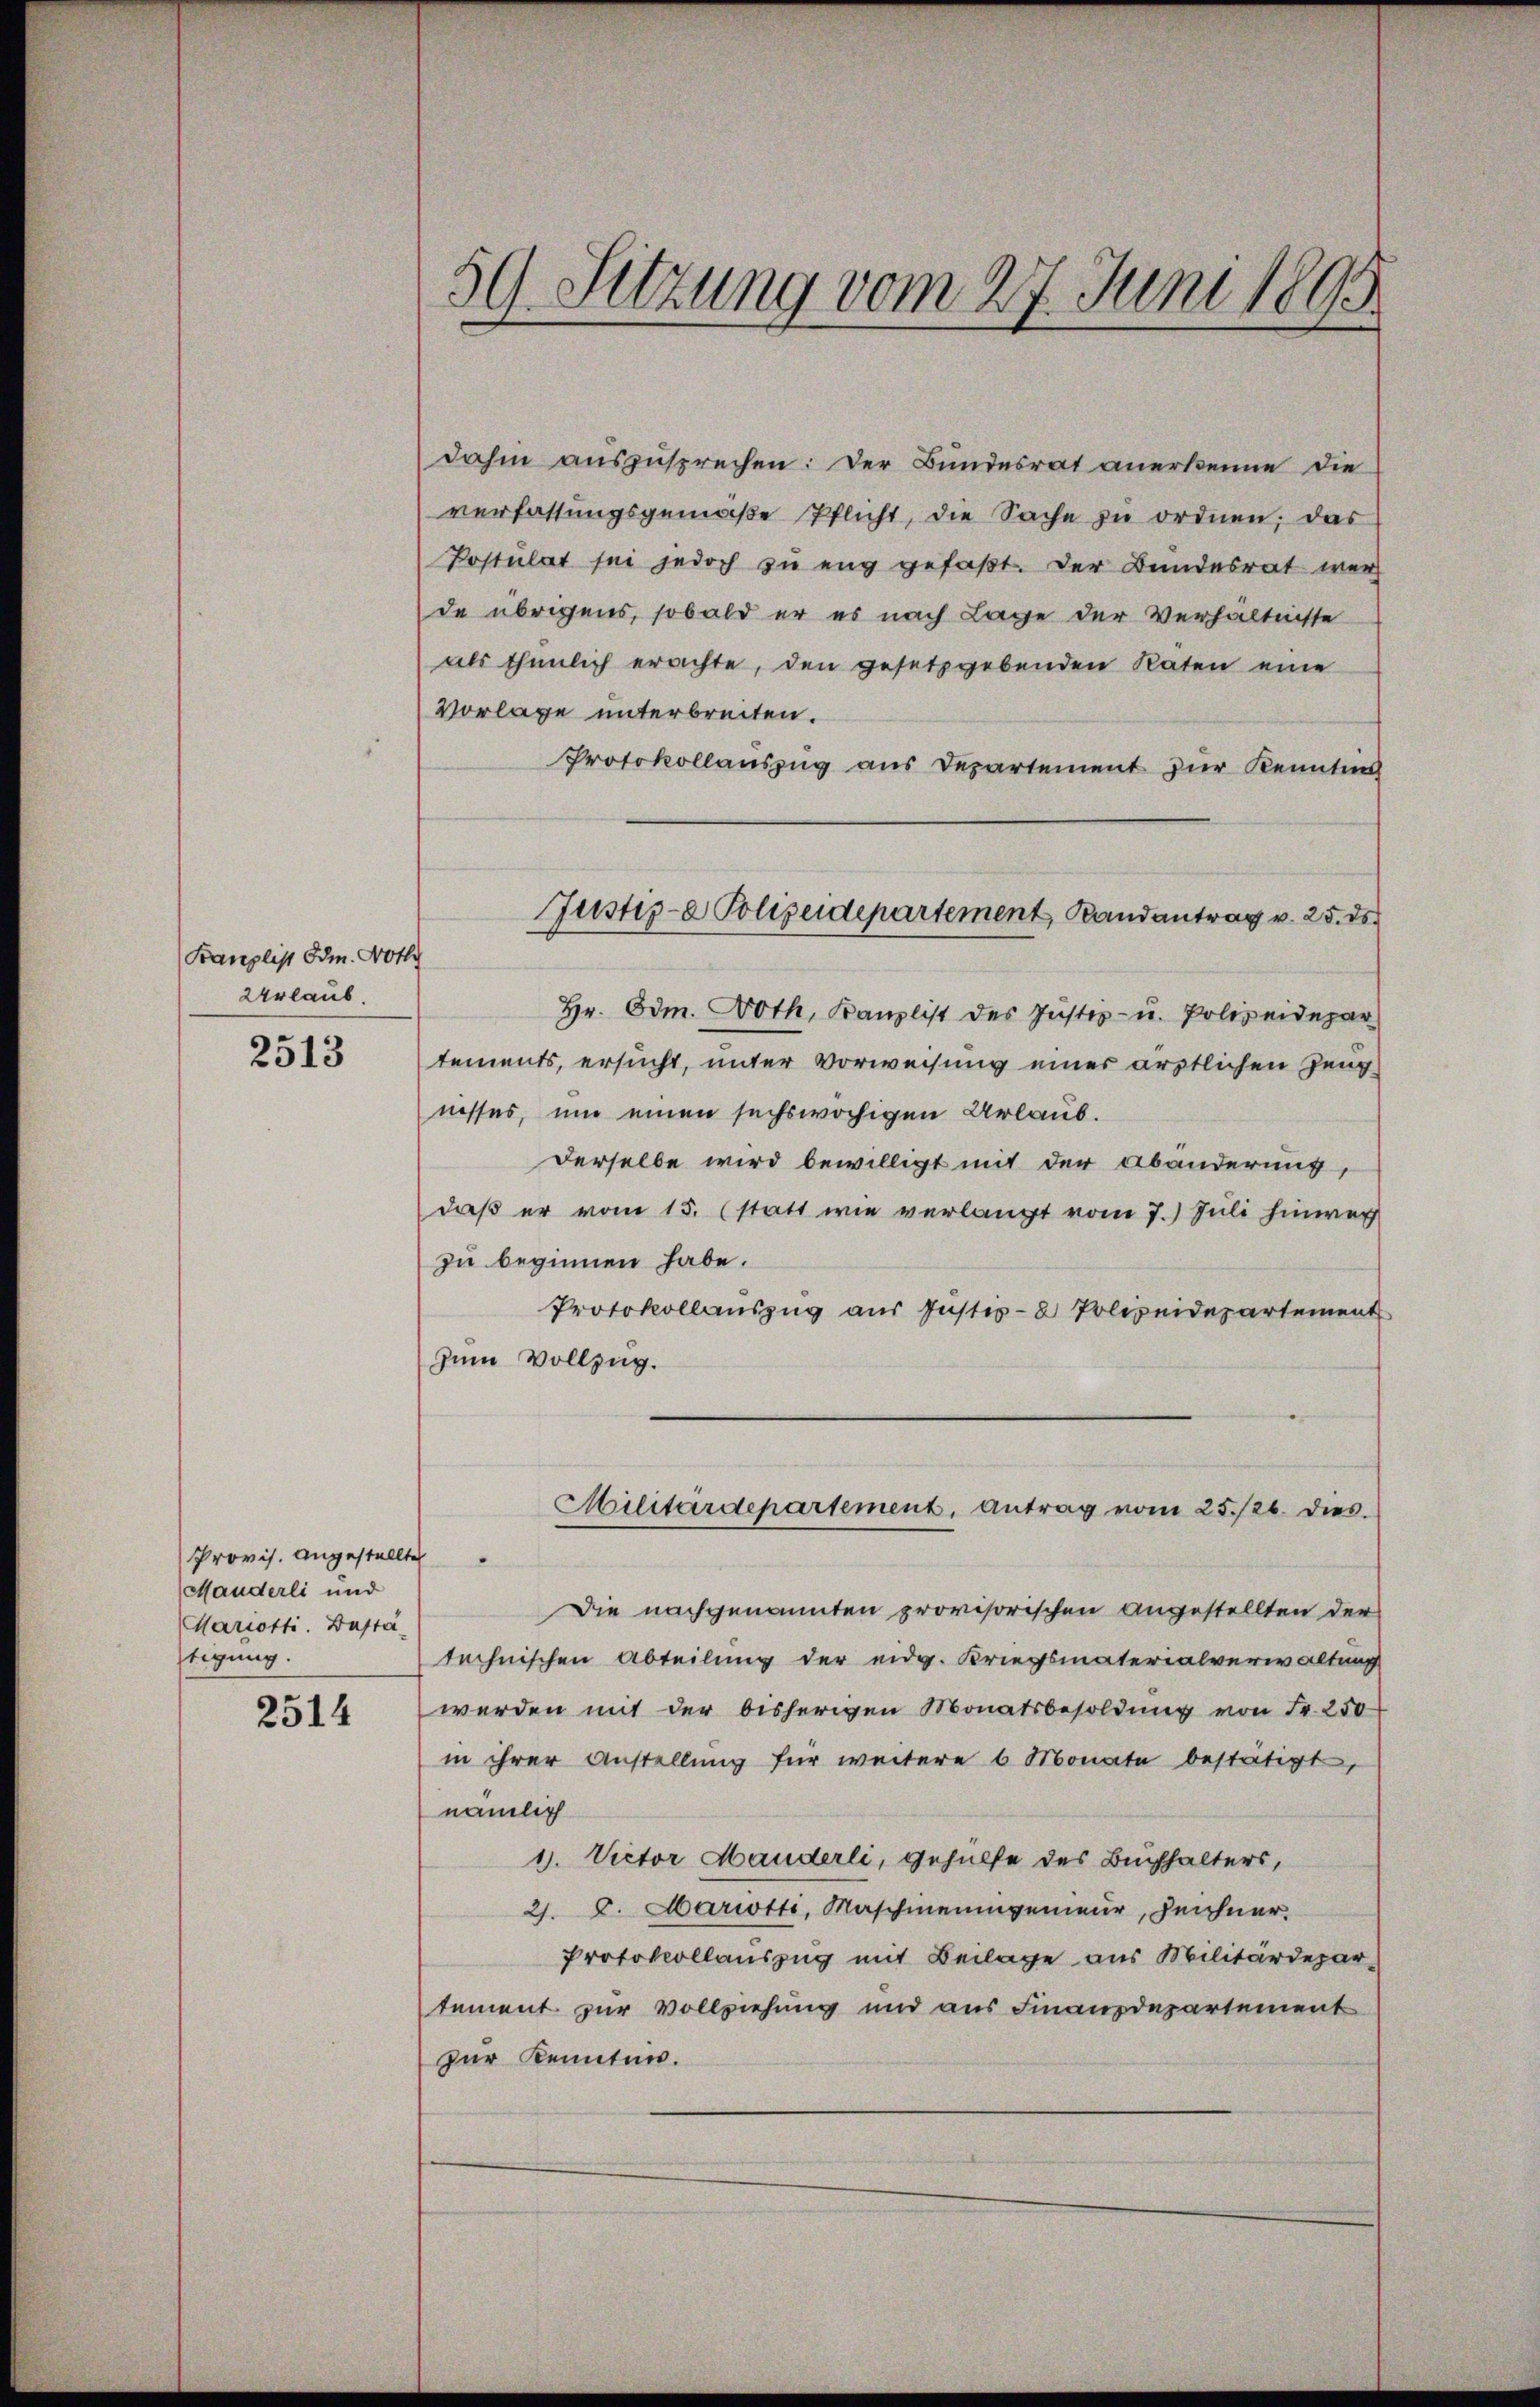
Kanzlist Odm. Wotte
Urlaub.

2513

Provis. angestellte
Manderli und
Mariotti. Bestä
tigung

2514

59. Sitzung vom 27. Juni 1895

dahin auszusprechen: Der Bundesrat anerkenne die
verfassungsgemäβe Pflicht, die Sache zu ordnen, das
Postulat sei jedoch zu eng gefaßt. Der Bundesrat wer
de übrigens, sobald er es nach Lage der Verhältnisse
als thunlich erachte, den gesetzgebenden Raten eine
Vorlage unterbreiten.
Protokollauszug aus Departement zur Kenntni
Hr. Odm. Doth, Kanzlist des Justiz- u. Polizeidepar
tements, ersucht, unter Vorweisung einer ärztlichen Zeug
nisses, um einen sechswöchigen Urlaub.
derselbe wird bewilligt mit der Abänderung,
daß er vom 15. (statt wie verlangt vom 7. Juli hinweg
zu beginnen habe.
Protokollauszug aus Justiz- & Polizeidepartement
Zum Vollzug.
Militärdepartement. Antrag vom 25./26. dies
Die nachgenannten provisorischen Angestellten der
technischen Abteilung der eidg. Kriegsmaterialverwaltung
werden mit der bisherigen Monatsbesoldung von Fr. 250
in ihrer Anstellung für weitere 6 Monate bestätigt,
nämlich
1. Victor Handerli, Gehülfe des Buchhalters,
21. d. Mariotti, Maschineningenieur, Zeichner.
Protokollauszug mit Beilage aus Militärdepartement zur Vollziehung und aus Finanzdepartement
zur Kennten.

Justiz- & Polizeidepartement, Randantrag v. 25. ds.